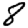
Digit: 8